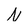
Character: N